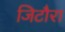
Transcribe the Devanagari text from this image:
जिटौरा